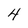
Character: 4